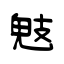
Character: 鬾